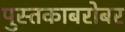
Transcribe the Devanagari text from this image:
पुस्तकाबरोबर